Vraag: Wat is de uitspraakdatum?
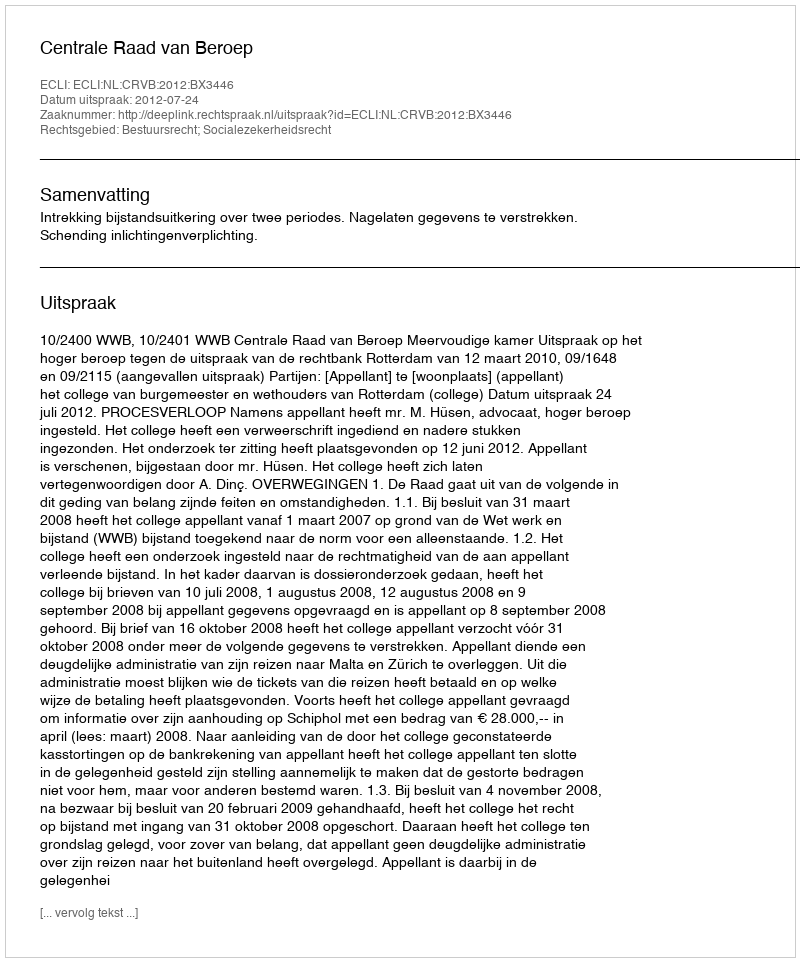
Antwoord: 2012-07-24